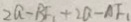
2 a - B F _ { 1 } + 2 a - A F _ { 1 }